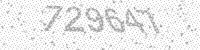
Solution: 729647